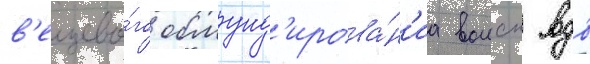
в'ещево́го обмунд'ирова́н'иа воиск вдв